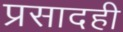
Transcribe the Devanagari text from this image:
प्रसादही